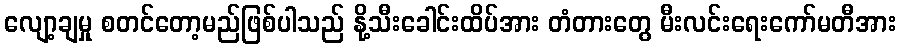
လျော့ချမှု စတင်တော့မည်ဖြစ်ပါသည် နို့သီးခေါင်းထိပ်အား တံတားတွေ မီးလင်းရေးကော်မတီအား